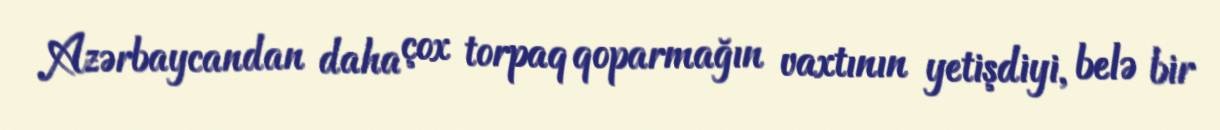
Azərbaycandan daha çox torpaq qoparmağın vaxtının yetişdiyi, belə bir